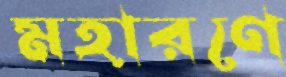
মহারণে